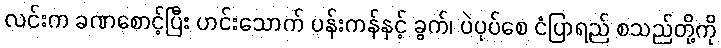
လင်းက ခဏစောင့်ပြီး ဟင်းသောက် ပန်းကန်နှင့် ခွက်၊ ပဲပုပ်စေ ငံပြာရည် စသည်တို့ကို